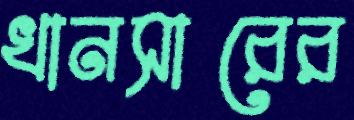
খানসারের